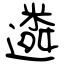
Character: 遴